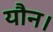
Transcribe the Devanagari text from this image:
यौन।